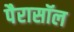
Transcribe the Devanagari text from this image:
पैरासॉल